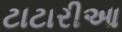
ટાટારીઆ